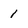
Character: 1